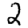
Digit: 2